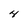
Character: 4